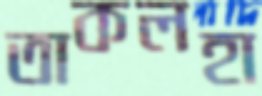
তাকলহা